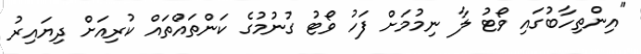
"އިންތިހާބުގައި ވޯޓު ލާ ނިމުމަށް ފަހު ވޯޓު ގުނުމުގެ ކަންތައްތައް ކުރިއަށް ދިޔައިރު